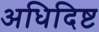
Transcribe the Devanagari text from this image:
अधिदिष्ट